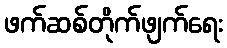
ဖက်ဆစ်တိုက်ဖျက်ရေး